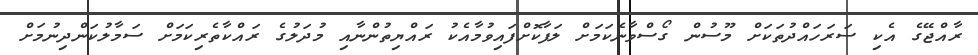
ރާއްޖޭގެ އެކި ސަރަހައްދުތަކަށް މޫސުން ގޯސްވާނެކަމަށް ލަފާކޮށްފައިވުމާއެކު ރައްޔިތުންނާއި މުދަލުގެ ރައްކާތެރިކަމަށް ސަމާލުކަންދިނުމަށް